Senior Leaving Certificate Examination (including Day School Certificate (Higher) General paper), 1949
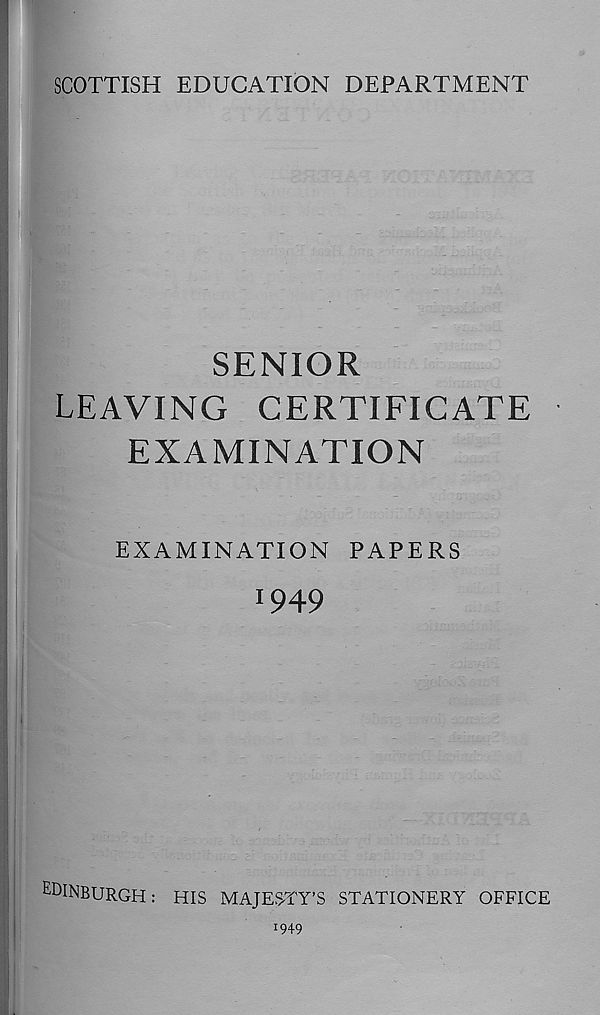
SCOTTISH EDUCATION DEPARTMENT
SENIOR
LEAVING CERTIFICATE
EXAMINATION
EXAMINATION PAPERS
! 949
EDINBURGH: HIS MAJESTY'S STATIONERY OFFICE
J 949